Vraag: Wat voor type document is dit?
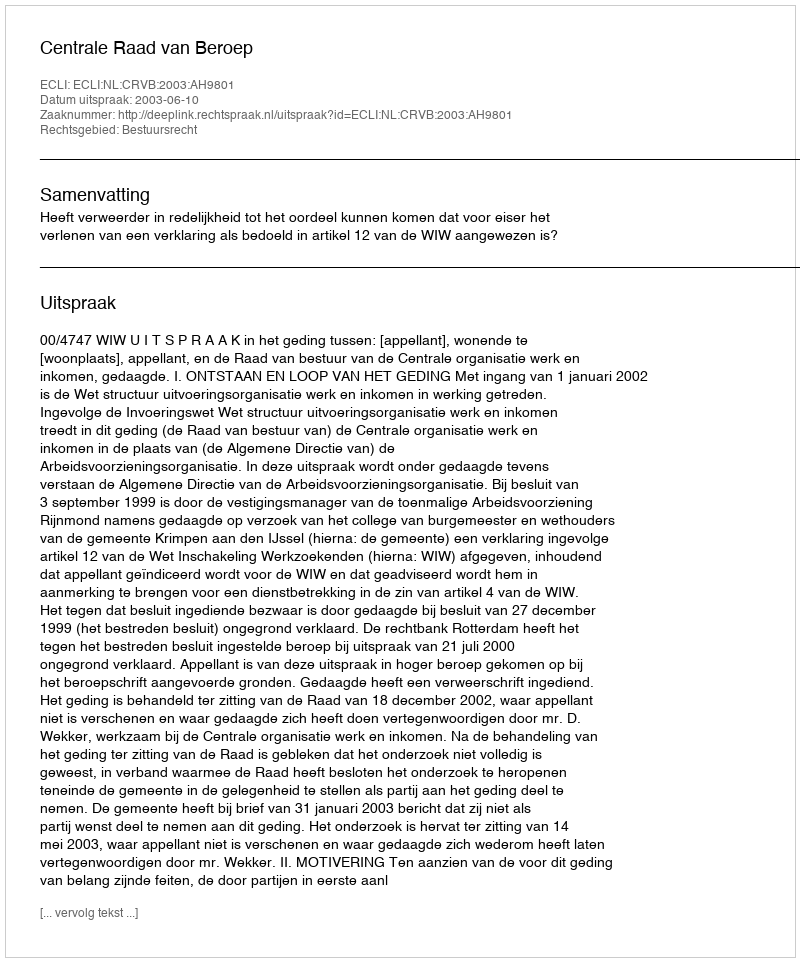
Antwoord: Uitspraak